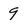
Character: 9